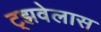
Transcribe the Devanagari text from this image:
ट्झवेलास